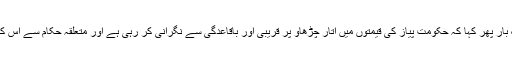
وزیر عمران حسین نے ایک بار پھر کہا کہ حکومت پیاز کی قیمتوں میں اتار چڑھاو پر قریبی اور باقاعدگی سے نگرانی کر رہی ہے اور متعلقہ حکام سے اس کا باقاعدہ جائزہ لے رہی ہے۔